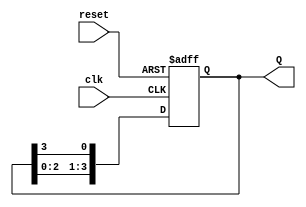
module ring_counter #(parameter N = 4) (
    input wire clk,           // Clock input
    input wire reset,         // Asynchronous reset input
    output reg [N-1:0] Q      // Output representing the current state
);

    // Initial state
    initial begin
        Q = 1; // Initialize first flip-flop to high, others to low
    end

    // Sequential logic for the ring counter
    always @(posedge clk or posedge reset) begin
        if (reset) begin
            Q <= 1; // Reset to initial state
        end else begin
            Q <= {Q[N-2:0], Q[N-1]}; // Shift operation
        end
    end

endmodule